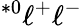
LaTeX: ^{\ast 0}\ell^{+}\ell^{-}